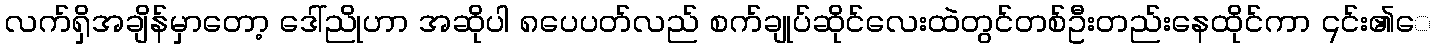
လက်ရှိအချိန်မှာတော့ ဒေါ်ညိုဟာ အဆိုပါ ၈ပေပတ်လည် စက်ချုပ်ဆိုင်လေးထဲတွင်တစ်ဦးတည်းနေထိုင်ကာ ၎င်း၏ေ